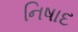
નિષાદ